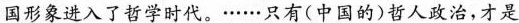
国形象进入了哲学时代。……只有(中国的)哲人政治，才是